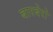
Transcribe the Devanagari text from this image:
बारबेरो